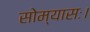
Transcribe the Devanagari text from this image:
सोम्यासः।